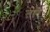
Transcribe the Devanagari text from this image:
तोरें